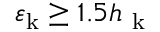
\varepsilon _ { \mathrm { k } } \geq 1 . 5 h _ { \mathrm { ~ k ~ } }